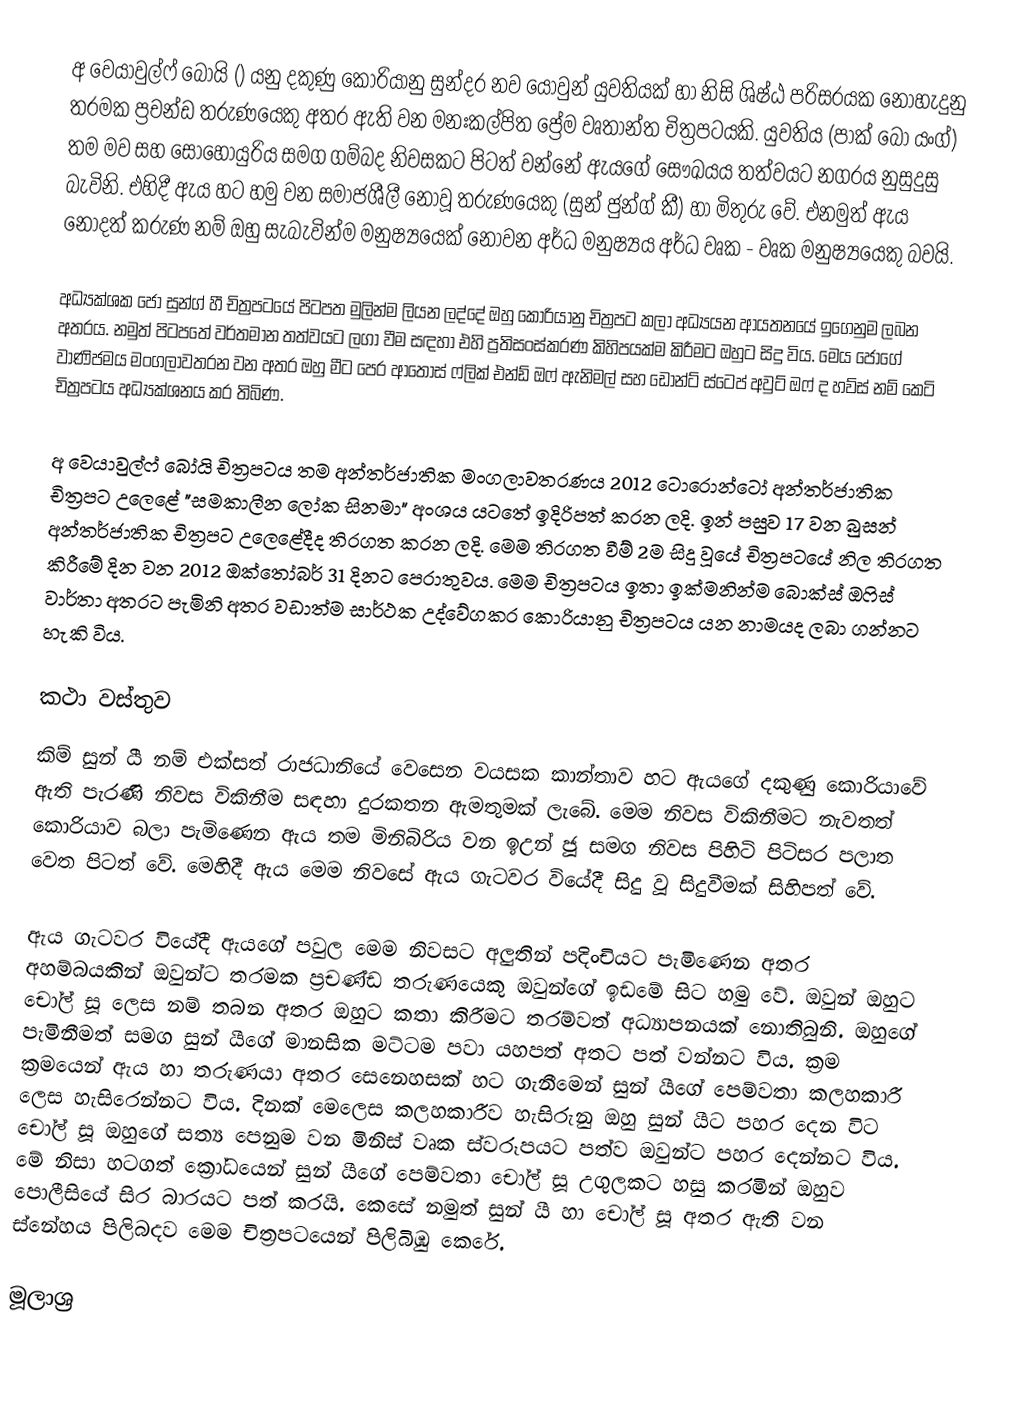
අ වෙයාවුල්ෆ් බෝයි () යනු දකුණු කොරියානු සුන්දර නව යොවුන් යුවතියක් හා නිසි ශිෂ්‍ඨ පරිසරයක නොහැදුනු තරමක ප්‍රචන්ඩ තරුණයෙකු අතර ඇති වන මනඃකල්පිත ප්‍රේම වෘතාන්ත චිත්‍රපටයකි. යුවතිය (පාක් බෝ යංග්) තම මව සහ සොහොයුරිය සමග ගම්බද නිවසකට පිටත් වන්නේ ඇයගේ සෞඛයය තත්වයට නගරය නුසුදුසු බැවිනි. එහිදී ඇය හට හමු වන සමාජශීලී නොවූ තරුණයෙකු (සුන් ජුන්ග් කී) හා මිතුරු වේ. එනමුත් ඇය නොදත් කරුණ නම් ඔහු සැබැවින්ම මනුෂ්‍යයෙක් නොවන අර්ධ මනුෂ්‍යය අර්ධ වෘක - වෘක මනුෂ්‍යයෙකු බවයි.

අධ්‍යක්ශක ජෝ සුන්ග් හී චිත්‍රපටයේ පිටපත මුලින්ම ලියන ලද්දේ ඔහු කොරියානු චිත්‍රපට කලා අධ්‍යයන ආයතනයේ ඉගෙනුම ලබන අතරය. නමුත් පිටපතේ වර්තමාන තත්වයට ලගා වීම සඳහා එහි ප්‍රතිසංස්කරණ කිහිපයක්ම කිරීමට ඔහුට සිදු විය. මෙය ජෝගේ වාණිජමය මංගලාවතරන වන අතර ඔහු මීට පෙර ආතෝස් ෆ්ලික් එන්ඩ් ඔෆ් ඇනිමල් සහ ඩෝන්ට් ස්ටෙප් අවුට් ඔෆ් ද හව්ස් නම් කෙටි චිත්‍රපටය අධ්‍යක්ශනය කර තිබිණ.

අ වෙයාවුල්ෆ් බෝයි චිත්‍රපටය තම අන්තර්ජාතික මංගලාවතරණය 2012 ටොරොන්ටෝ අන්තර්ජාතික චිත්‍රපට උලෙළේ "සමකාලීන ලෝක සිනමා" අංශය යටතේ ඉදිරිපත් කරන ලදි.  ඉන් පසුව  17 වන බුසන් අන්තර්ජාතික චිත්‍රපට උලෙළේදීද තිරගත කරන ලදි. මෙම තිරගත වීම් 2ම සිදු වූයේ චිත්‍රපටයේ නිල තිරගත කිරීමේ දින වන 2012 ඔක්තෝබර් 31 දිනට පෙරාතුවය. මෙම චිත්‍රපටය ඉතා ඉක්මනින්ම බොක්ස් ඔෆිස් වාර්තා අතරට පැමිනි අතර වඩාත්ම සාර්ථක උද්වේගකර කොරියානු චිත්‍රපටය යන නාමයද ලබා ගන්නට හැකි විය.

කථා වස්තුව
කිම් සුන් යී නම් එක්සත් රාජධානියේ වෙසෙන වයසක කාන්තාව හට ඇයගේ දකුණු කොරියාවේ ඇති පැරණි නිවස විකිනීම සඳහා දුරකතන ඇමතුමක් ලැබේ. මෙම නිවස විකිනීමට නැවතත් කොරියාව බලා පැමිණෙන ඇය තම මිනිබිරිය වන ඉඋන් ජූ සමග නිවස පිහිටි පිටිසර පලාත වෙත පිටත් වේ. මෙහිදී ඇය මෙම නිවසේ ඇය ගැටවර වියේදී සිදු වූ සිදුවීමක් සිහිපත් වේ.

ඇය ගැටවර වියේදී ඇයගේ පවුල මෙම නිවසට අලුතින් පදිංචියට පැමිණෙන අතර අහම්බයකින් ඔවුන්ට තරමක ප්‍රචණ්ඩ තරුණයෙකු ඔවුන්ගේ ඉඩමේ සිට හමු වේ. ඔවුන් ඔහුට චෝල් සූ ලෙස නම් තබන අතර ඔහුට කතා කිරීමට තරම්වත් අධ්‍යාපනයක් නොතිබුනි. ඔහුගේ පැමිනීමත් සමග සුන් යීගේ මානසික මට්ටම පවා යහපත් අතට පත් වන්නට විය. ක්‍රම ක්‍රමයෙන් ඇය හා තරුණයා අතර සෙනෙහසක් හට ගැනීමෙන් සුන් යීගේ පෙම්වතා කලහකාරී ලෙස හැසිරෙන්නට විය. දිනක් මෙලෙස කලහකාරීව හැසිරුනු ඔහු සුන් යීට පහර දෙන විට චෝල් සූ ඔහුගේ සත්‍ය පෙනුම වන මිනිස් වෘක ස්වරූපයට පත්ව ඔවුන්ට පහර දෙන්නට විය. මේ නිසා හටගත් ක්‍රෝධයෙන් සුන් යීගේ පෙම්වතා චෝල් සූ උගුලකට හසු කරමින් ඔහුව පොලීසියේ සිර බාරයට පත් කරයි. කෙසේ නමුත් සුන් යී හා චෝල් සූ අතර ඇති වන ස්නේහය පිලිබදව මෙම චිත්‍රපටයෙන් පිලිබිඹු කෙරේ.

මූලාශ්‍ර